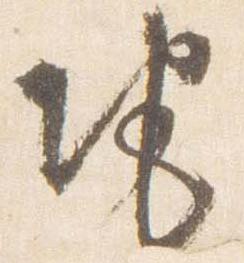
地